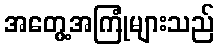
အတွေ့အကြုံများသည်